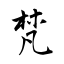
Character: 梵